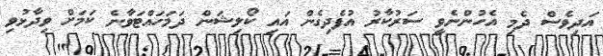
އަދިވެސް ދެމި އެހުންނެވީ ސަރުކާރު އުފެދިގެން އައި ކޯލިޝަން ދަމަހައްޓަވާނެ ކަމަށް ވިދާޅުވި